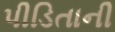
પીડિતાની